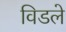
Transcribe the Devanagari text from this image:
विडले